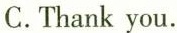
C.Thank you.